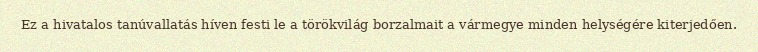
Ez a hivatalos tanúvallatás híven festi le a törökvilág borzalmait a vármegye minden helységére kiterjedően.